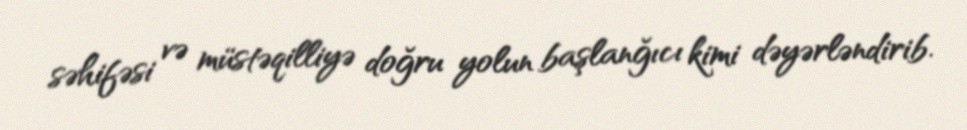
səhifəsi və müstəqilliyə doğru yolun başlanğıcı kimi dəyərləndirib.